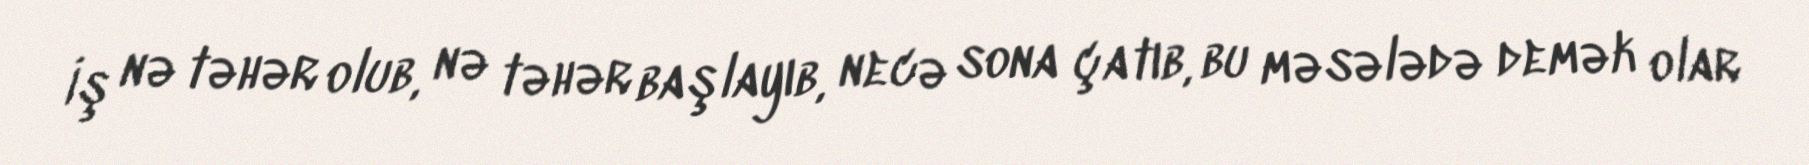
İş nə təhər olub, nə təhər başlayıb, necə sona çatıb, bu məsələdə demək olar